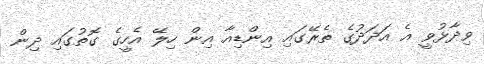
ވިދާޅުވީ އެ އަދަދުގެ ތެރޭގައި އިންޑިއާ އިން ހިލޭ އެހީގެ ގޮތުގައި ދިން